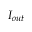
I _ { o u t }